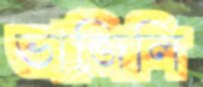
ভাজিলি